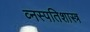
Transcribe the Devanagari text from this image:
व्नस्पतिशास्त्र